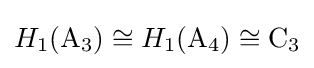
H_{1}(\mathrm {A} _{3})\cong H_{1}(\mathrm {A} _{4})\cong \mathrm {C} _{3}